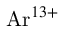
{ \mathrm { A r } } ^ { 1 3 + }